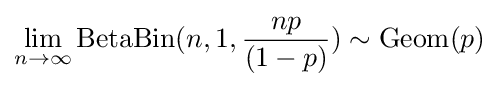
\lim _{n\rightarrow \infty }\mathrm {BetaBin} (n,1,{\frac {np}{(1-p)}})\sim \mathrm {Geom} (p)